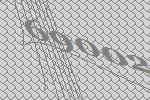
69002